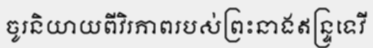
ចូរនិយាយពីវិរភាពរបស់ព្រះនាងឥន្ទ្រទេវី